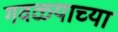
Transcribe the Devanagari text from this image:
गवळ्याच्या